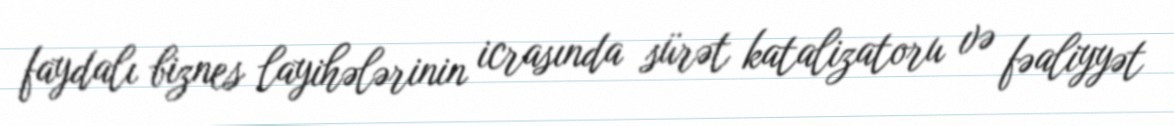
faydalı biznes layihələrinin icrasında sürət katalizatoru və fəaliyyət